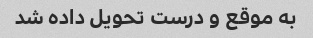
به موقع و درست تحویل داده شد